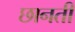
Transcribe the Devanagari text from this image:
छानती